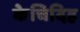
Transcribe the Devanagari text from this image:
केचिदिह